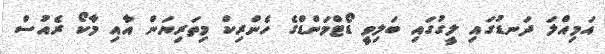
އަމިއްލަ ދަނޑުގައި ލީގުގައި ބަލިވީ ޑޯޓްމަންޑްގެ ހެންރިކް މިތަރިޔަން އާއި މާކޯ ރެއުސް